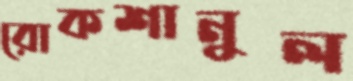
রোকশানুল